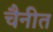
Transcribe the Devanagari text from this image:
चैनीत